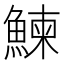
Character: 鰊